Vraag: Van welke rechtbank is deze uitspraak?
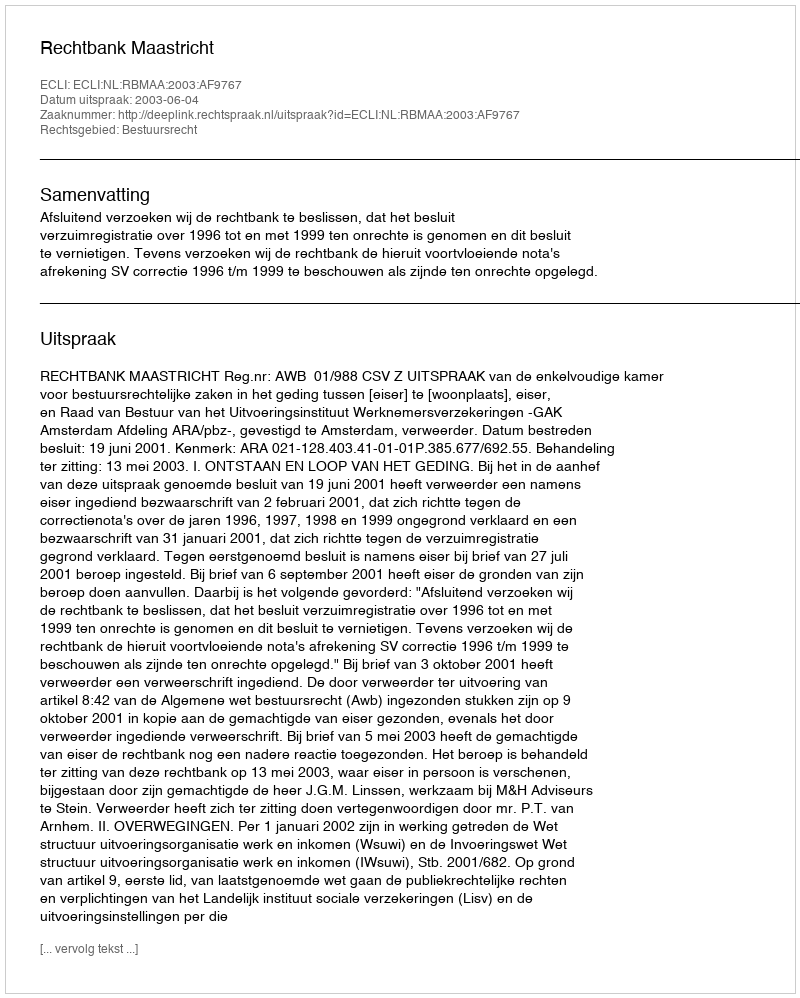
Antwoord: Rechtbank Maastricht